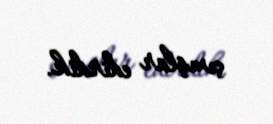
çıxışlar edirdik.